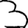
Digit: 3